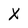
Character: X